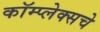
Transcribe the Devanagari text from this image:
कॉम्प्लेक्सचे